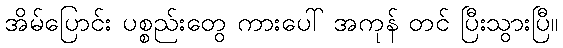
အိမ်ပြောင်း ပစ္စည်းတွေ ကားပေါ် အကုန် တင် ပြီးသွားပြီ။